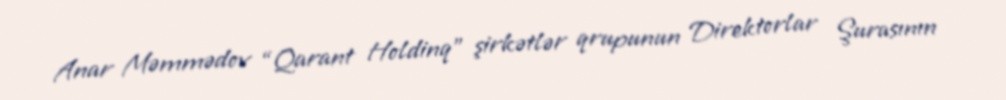
Anar Məmmədov “Qarant Holdinq” şirkətlər qrupunun Direktorlar Şurasının